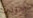
جيبي